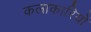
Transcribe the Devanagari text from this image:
कलाकारियों